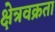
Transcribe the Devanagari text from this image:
क्षेत्रवक्रता